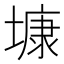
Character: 𡐓